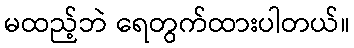
မထည့်ဘဲ ရေတွက်ထားပါတယ်။